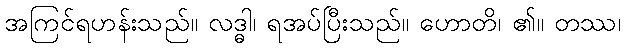
အကြင်ရဟန်းသည်။ လဒ္ဓါ၊ ရအပ်ပြီးသည်။ ဟောတိ၊ ၏။ တဿ၊